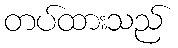
တပ်ထားသည်